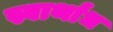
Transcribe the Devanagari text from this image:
स्वार्थांध